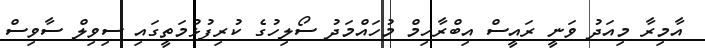
އާމިރާ މިއަދު ވަނީ ރައީސް އިބްރާހިމް މުހައްމަދު ސޯލިހުގެ ކުރިފުޅުމަތީގައި ސިވިލް ސާވިސް